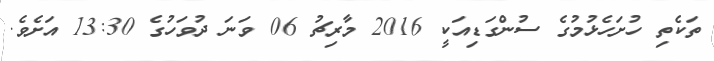
ތަކެތި ހުށަހެޅުމުގެ ސުންގަޑިއަކީ 2016 މާރިޗު 06 ވަނަ ދުވަހުގެ 13:30 އަށެވެ.